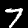
Label: 7